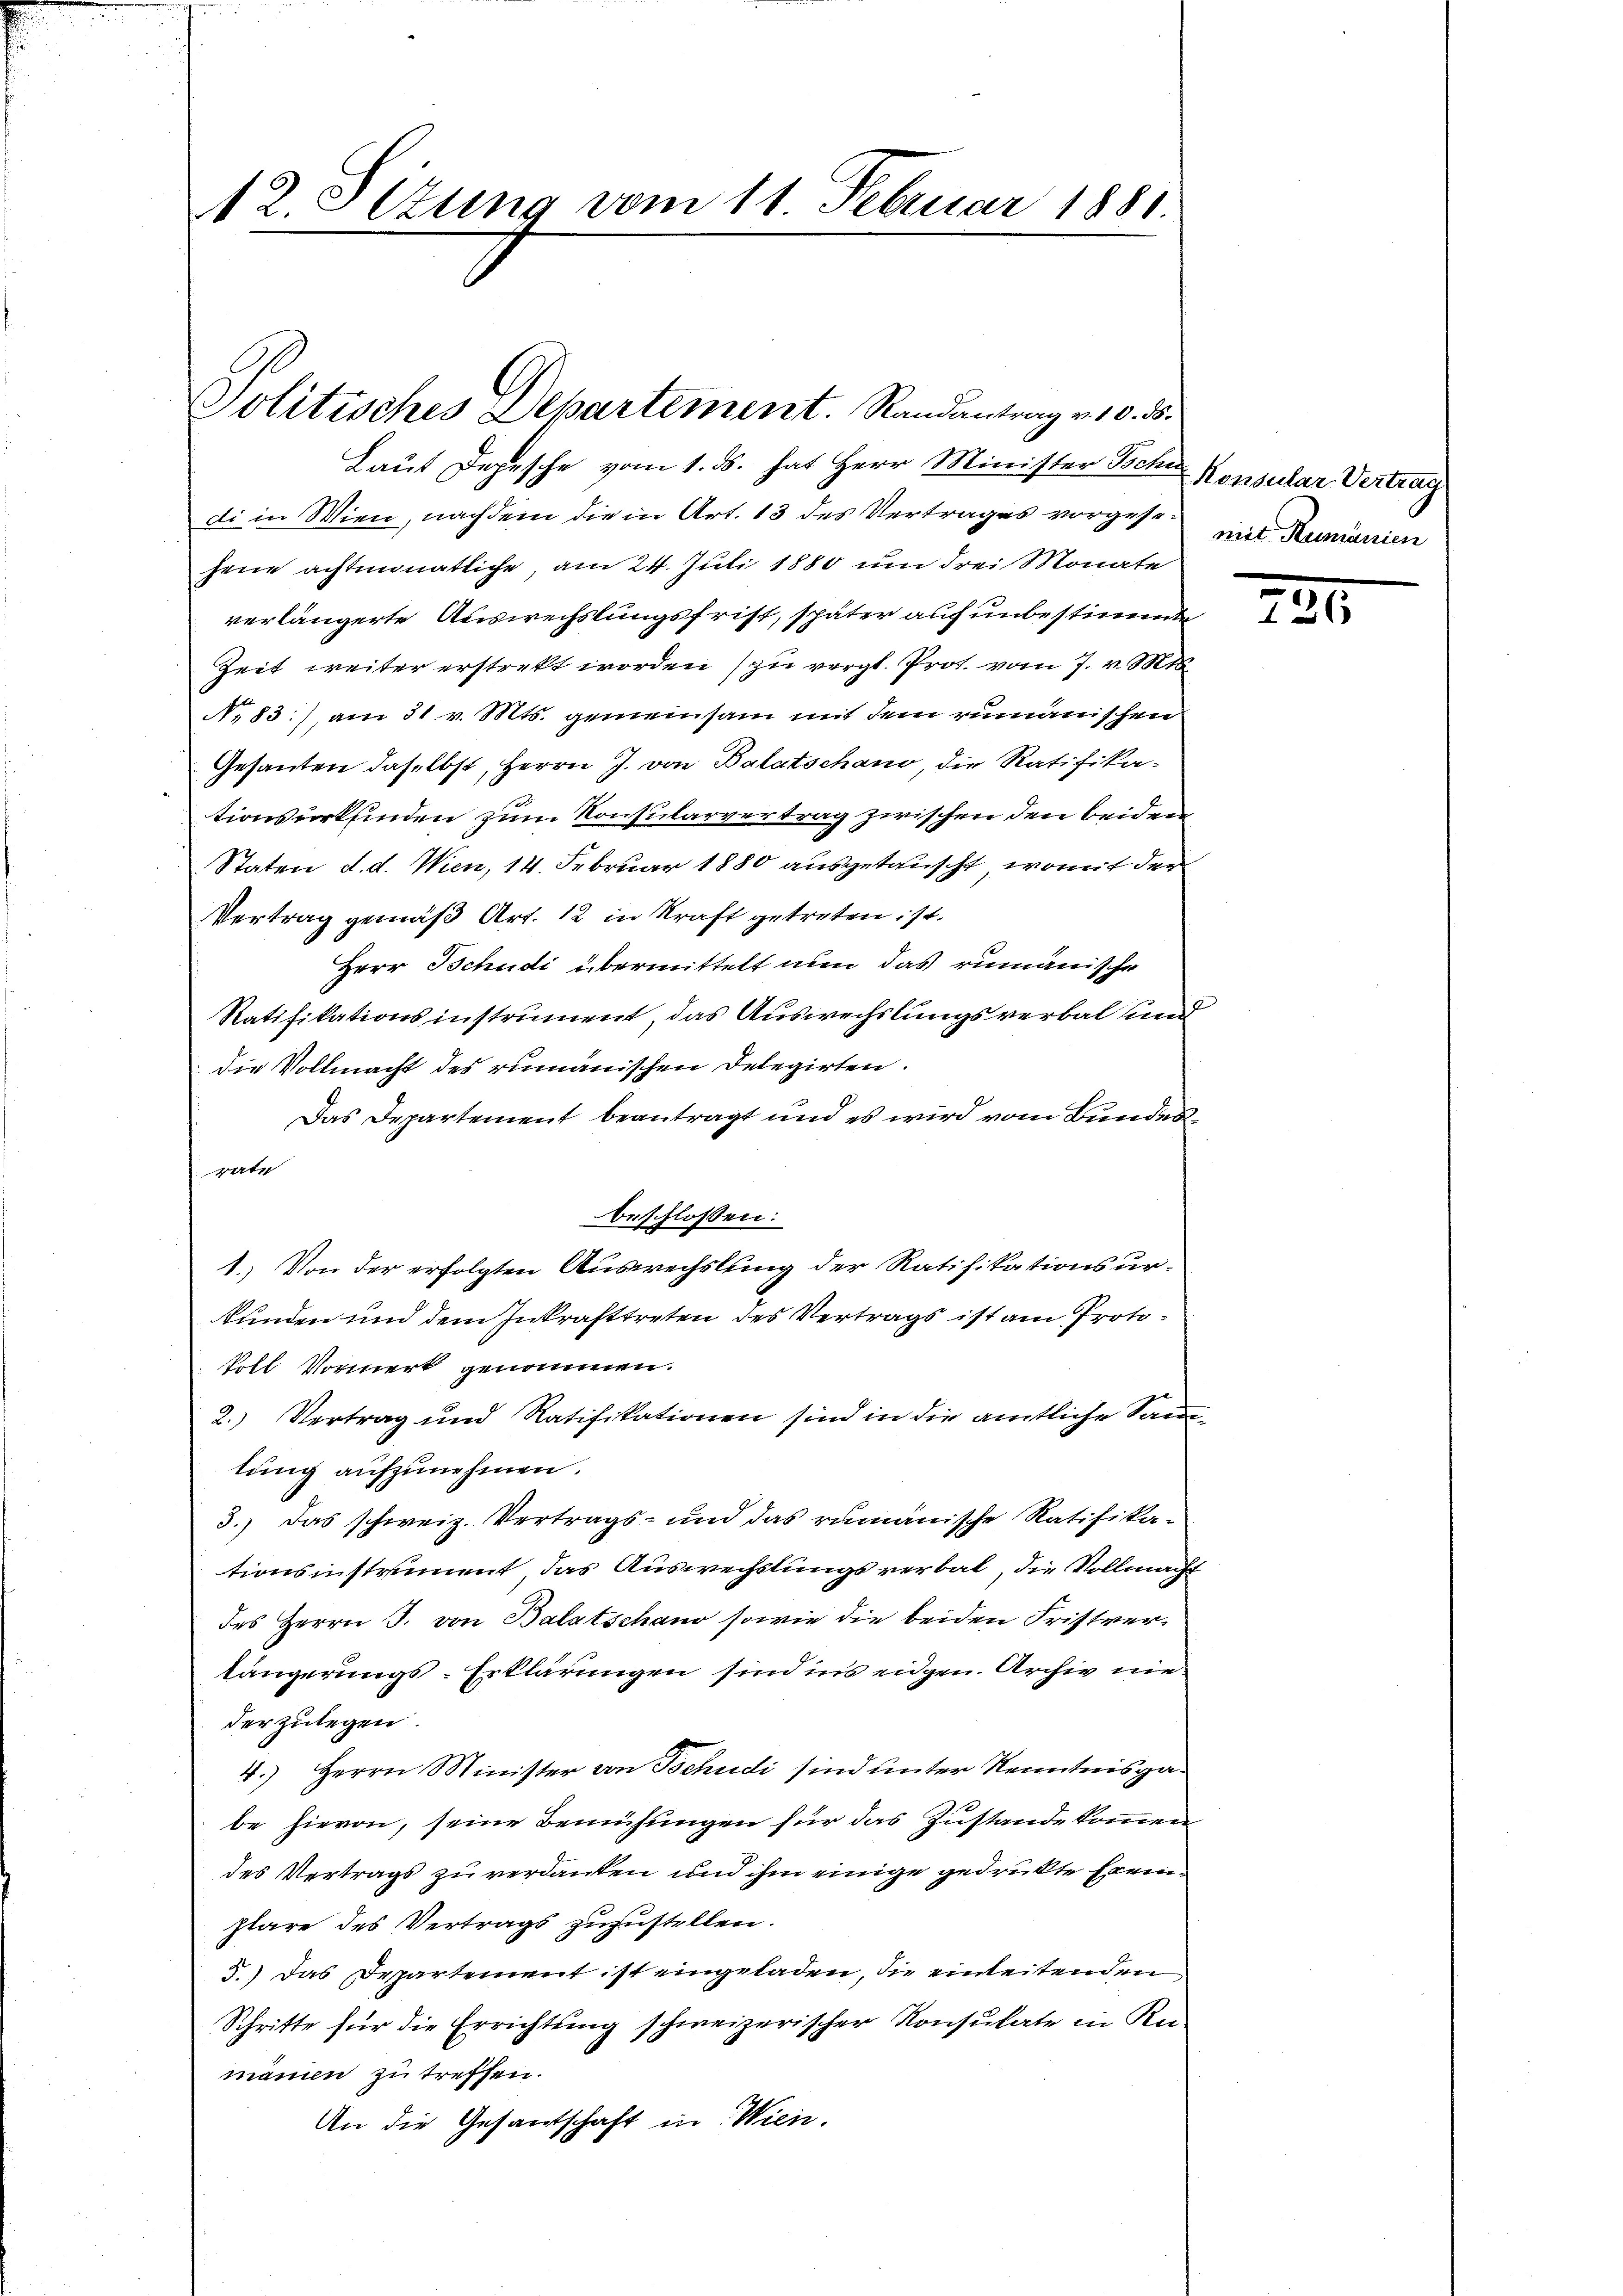
12. Sitzung vom 11 Februar 1881

Politisches Departement. Randantrag v. 10. ds.

Laut Depesche vom 1. ds. hat Herr Minister Tochi Konsular Vertrag
di in Wien, nachdem die in Art. 13 des Vertrages vorgesejene achtmonatliche, am 24. Juli 1880 um drei Monate
verlängerte Auswechslungsfrist, später auch unbestimmte
Zeit weiter erstrekt worden zu vergl. Prot. vom 7. v. Mts
N. 83), am 31 v. Mts. gemeinsam mit dem rumänischen
Gesandten daselbst, Herrn J. von Balatschano, die Ratifika-
tionsurkfinden zum Konsularvertrag zwischen den beiden
Staten d. d. Wien, 14. Februar 1880 ausgetauscht, womit der
Vertrag gemäß Art. 12 in Kraft getreten ist.
Herr Schudi übermittelt nun das rumänische
Ratifikationsinstrument das Auswechslungsverbal und
die Vollmacht des rumänischen Delegirten.
Das Departement beantragt und es wird vom Bundesrate
beschlossen:
1.) Von der erfolgten Auswechslung der Ratifikationsurkunden und dem Inkrafttreten des Vertrags ist am Proto¬
Poll Vormerk genommen.
2.) Vertrag und Ratifikationen sind in die amtliche Samlung aufzunehmen.
3.) Das schweiz. Vertrags- und das rumänische Ratifika-
tionsinstrument, das Auswechslungsverbal, die Vollmacht
des Herrn J. von Balatschaus sowie die beiden Fristverlängerungs-Erklärungen sind ins eidgen. Archiv nie
der zulegen.
4.) Herrn Minister von Tschudi sind unter Kenntnisgabe hievon, seine Bemühungen für das Zustande kommen
des Vertrags zu verdanken und ihm einige gedrükte Exemplare des Vertrags zuzustellen.
5.) Das Departement ist eingeladen, die einleitenden
Schritte für die Errichtung schweizerischer Konsulate in Ru
mänen zu treffen.
An die Gesantschaft in Wien.

mit Rumänien

234.